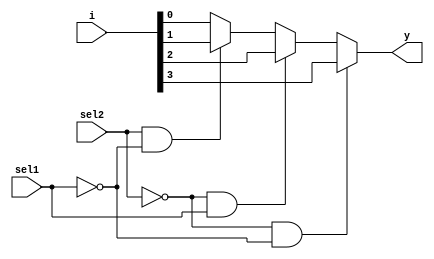
// 1.  Write behavioral description and test bench for 4:1 MUX

module Mux (input [3:0]i, input sel2,sel1, output reg y
);

always@(*)
begin
    if(sel2 == 0 && sel1 == 0) y = i[3];
    else if(sel2 == 0 && sel1 == 1) y = i[2];
    else if(sel2 == 1 && sel1 == 0) y = i[1];
    else y = i[0];
end
    
endmodule

module Mux_tb (
    
);

reg [3:0]i;
reg sel2,sel1;
wire y;

Mux DUT(i,sel2,sel1,y);

initial begin
    i = 5; sel2 = 0; sel1 = 0;#50;
    i = 4; sel2 = 0; sel1 = 1;#50;
    i = 9; sel2 = 1; sel1 = 0;#50;
    i = 15; sel2 = 1; sel1 = 1;#50;
    i = 10; sel2 = 1; sel1 = 0;#50;
    i = 1; sel2 = 0; sel1 = 1;#50;
    i = 8; sel2 = 1; sel1 = 0;#50;




end

initial $monitor("Input = %b, \tSelect = %b,%b, \tOutput = %b",i,sel2,sel1,y);

initial #400 $finish;
    
endmodule